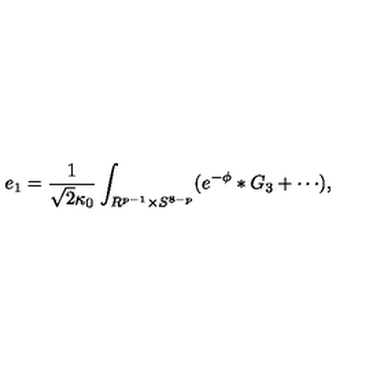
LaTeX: e _ { 1 } = \frac { 1 } { \sqrt { 2 } \kappa _ { 0 } } \int _ { R ^ { p - 1 } \times S ^ { 8 - p } } ( e ^ { - \phi } \ast G _ { 3 } + \cdots ) ,